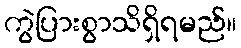
ကွဲပြားစွာသိရှိရမည်။